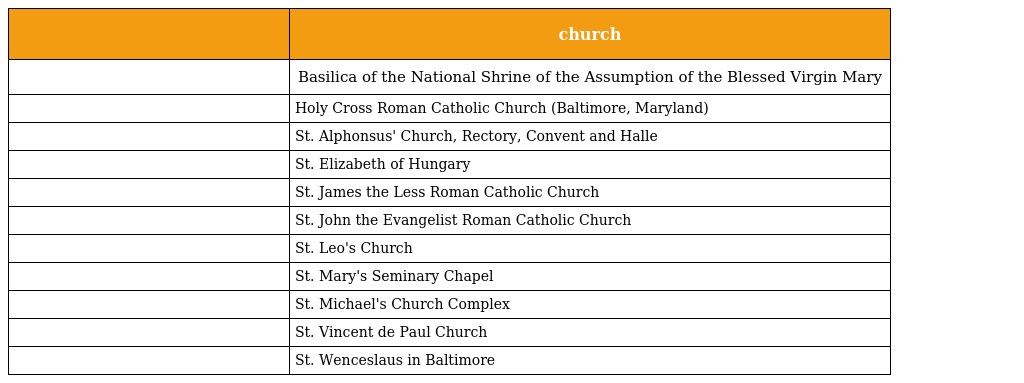
|  | church |
 | --- | --- |
 |  | Basilica of the National Shrine of the Assumption of the Blessed Virgin Mary |
 |  | Holy Cross Roman Catholic Church (Baltimore, Maryland) |
 |  | St. Alphonsus' Church, Rectory, Convent and Halle |
 |  | St. Elizabeth of Hungary |
 |  | St. James the Less Roman Catholic Church |
 |  | St. John the Evangelist Roman Catholic Church |
 |  | St. Leo's Church |
 |  | St. Mary's Seminary Chapel |
 |  | St. Michael's Church Complex |
 |  | St. Vincent de Paul Church |
 |  | St. Wenceslaus in Baltimore |